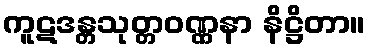
ကူဋဒန္တသုတ္တဝဏ္ဏနာ နိဋ္ဌိတာ။